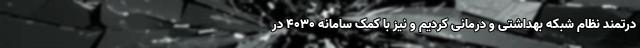
درتمند نظام شبکه بهداشتی و درمانی کردیم و نیز با کمک سامانه ۴۰۳۰ در